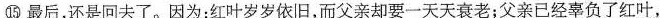
⑮最后，还是回去了。\underline{因为：红叶岁岁依旧，而父亲却要一天天衰老；父亲已经辜负了红叶，}